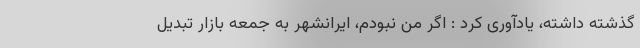
گذشته داشته، یادآوری کرد : اگر من نبودم، ایرانشهر به جمعه بازار تبدیل